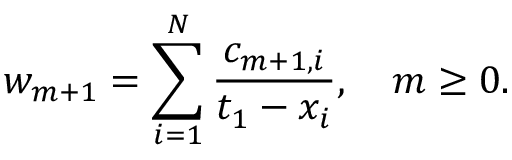
w _ { m + 1 } = \sum _ { i = 1 } ^ { N } { \frac { c _ { m + 1 , i } } { t _ { 1 } - x _ { i } } } , \quad m \ge 0 .